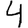
Digit: 4